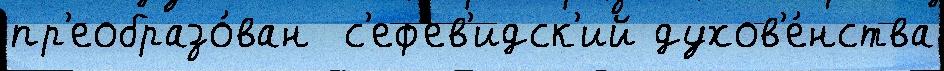
пр'еобразо́ван  с'еф'ев'идск'ий духов'е́нства